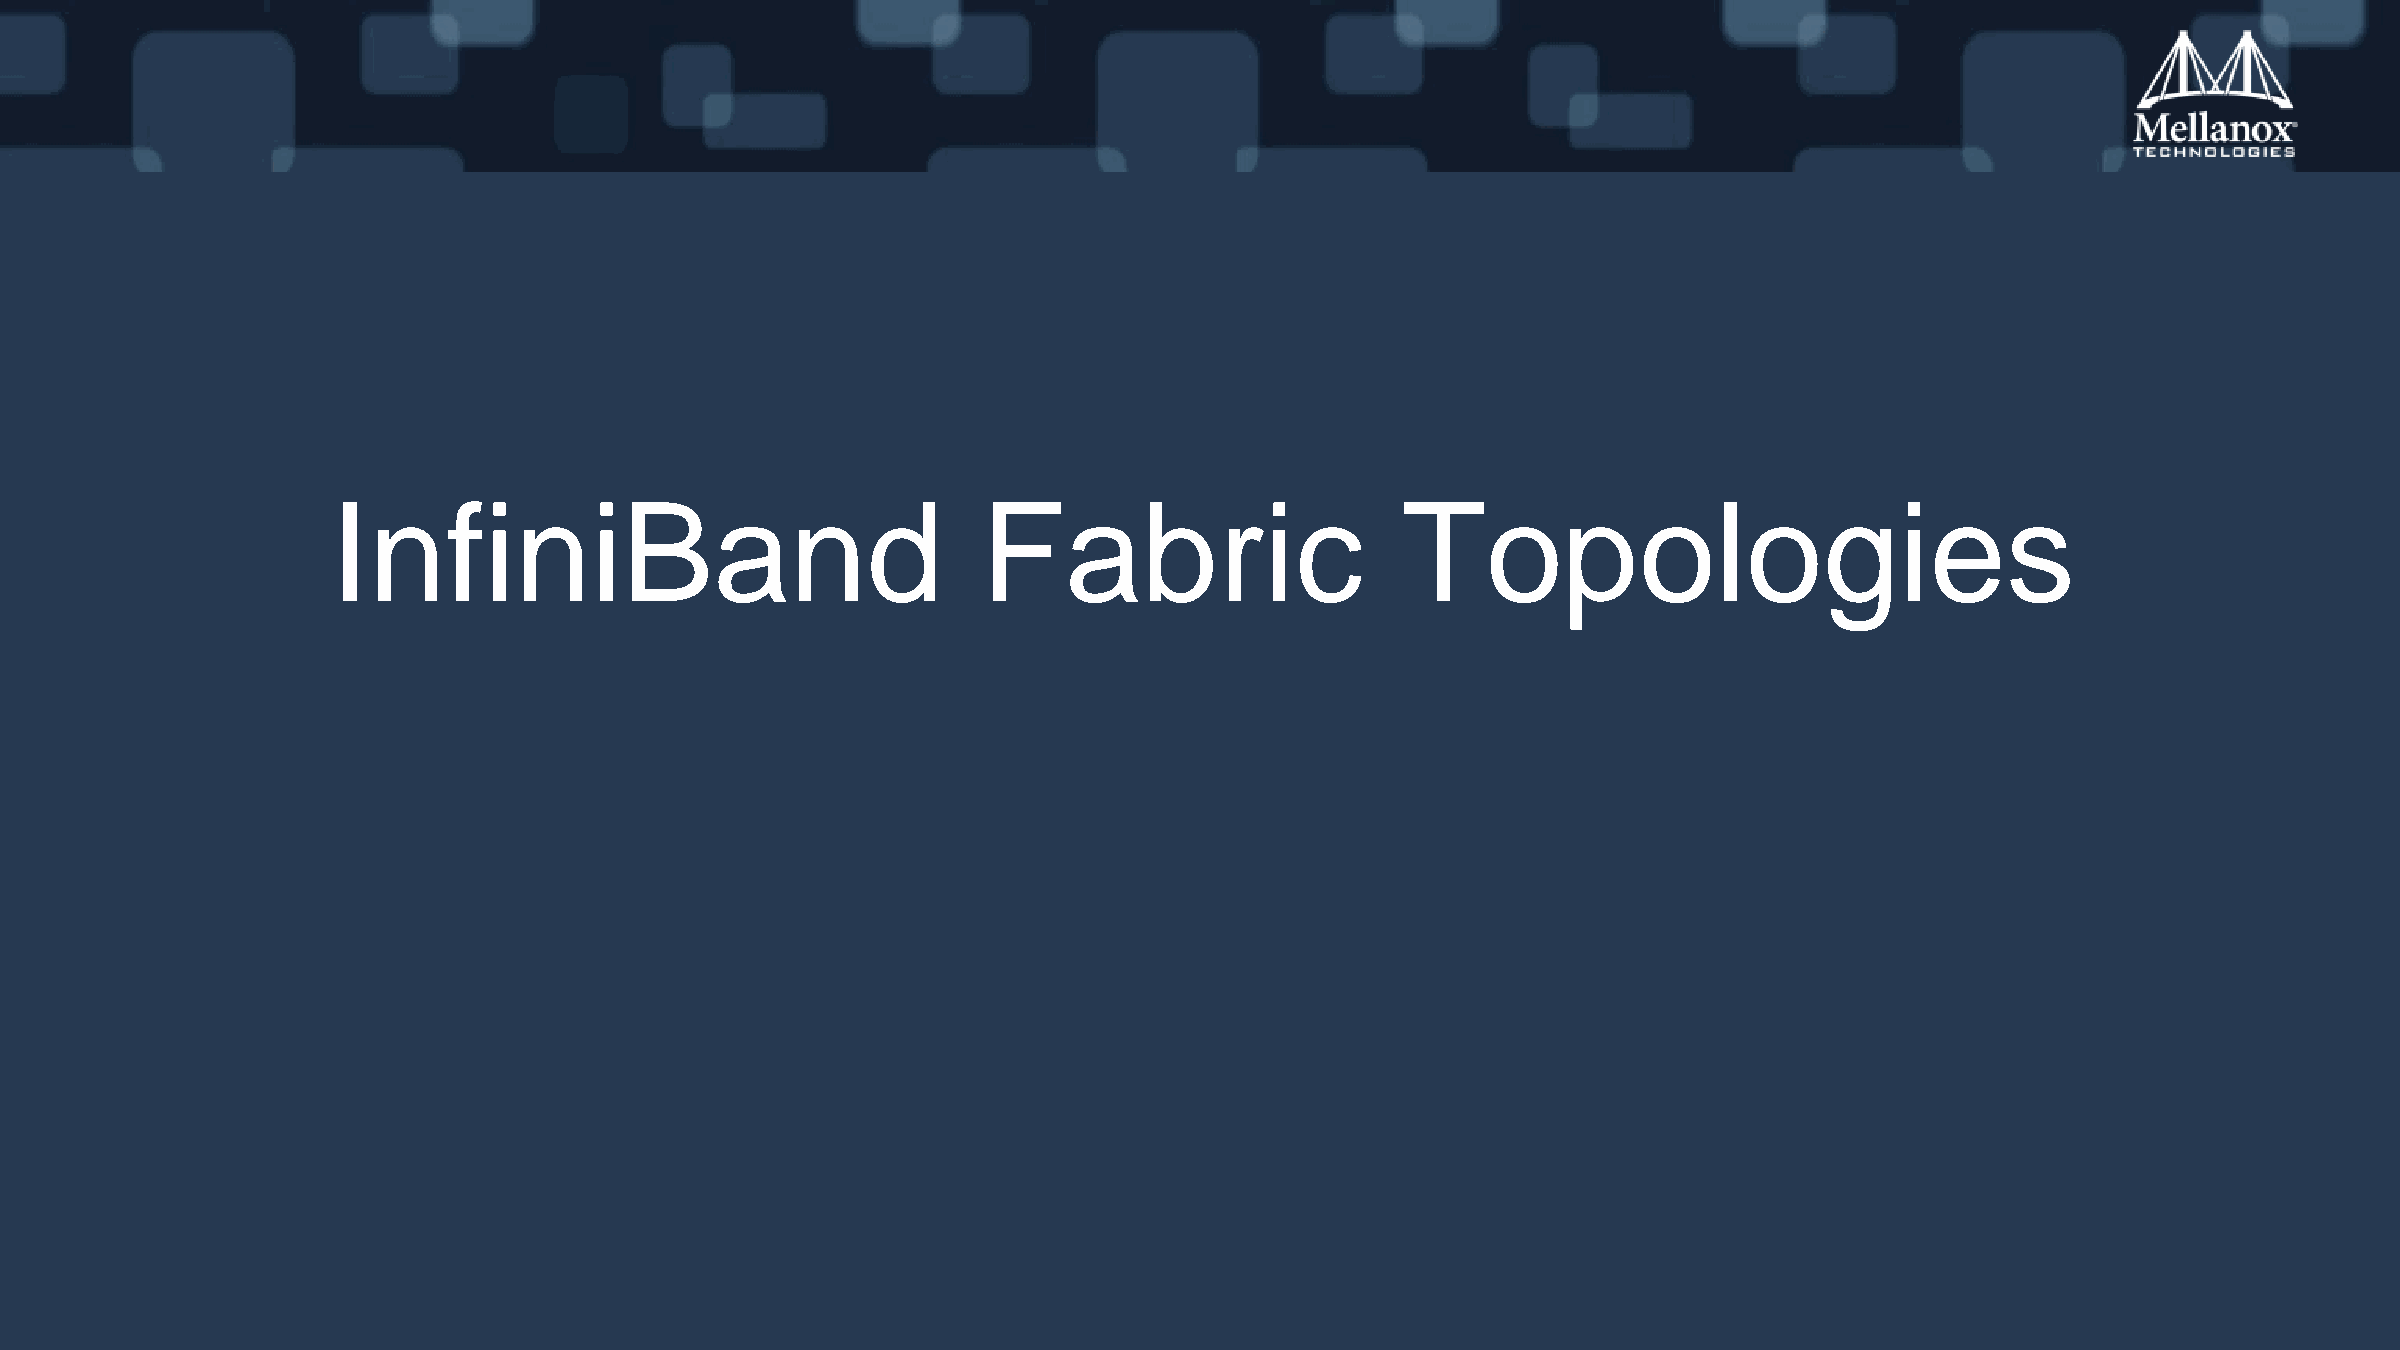
InfiniBand                                 Fabric                      Topologies
 Mellanox Training Center                                            Training Material                                                            37